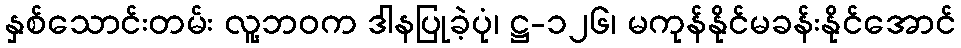
နှစ်သောင်းတမ်း လူ့ဘဝက ဒါနပြုခဲ့ပုံ၊ ဋ္ဌ-၁၂၆၊ မကုန်နိုင်မခန်းနိုင်အောင်